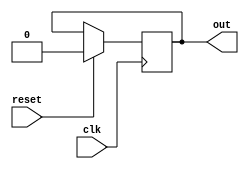
module example_module (
    input wire clk,
    input wire reset,
    output reg out
);

always @ (negedge clk) begin
    if (reset) begin
        out <= 0;
    end else begin
        // Your logic here
    end
end

endmodule